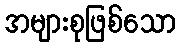
အများစုဖြစ်သော